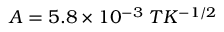
A = 5 . 8 \times 1 0 ^ { - 3 } \; T K ^ { - 1 / 2 }